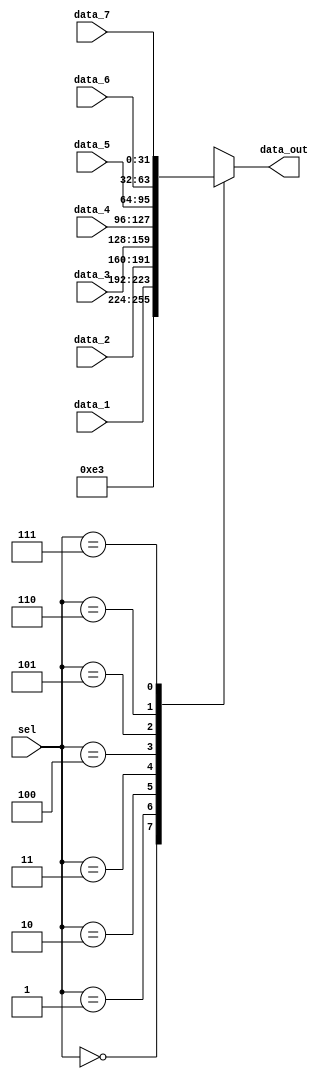
module mux_RegSrc (
    input wire [2:0] sel,
    input wire [31:0] data_1,
    input wire [31:0] data_2,
    input wire [31:0] data_3,
    input wire [31:0] data_4,
    input wire [31:0] data_5,
    input wire [31:0] data_6,
    input wire [31:0] data_7,
    output reg [31:0] data_out
);
    always @(*) begin
        case (sel)
            3'd0: data_out = 32'd227;
            3'd1: data_out = data_1;
            3'd2: data_out = data_2;
            3'd3: data_out = data_3;
            3'd4: data_out = data_4;
            3'd5: data_out = data_5;
            3'd6: data_out = data_6;
            3'd7: data_out = data_7; 
            default: data_out = 32'd227;
        endcase 
    end 

endmodule